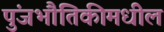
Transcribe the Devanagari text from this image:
पुंजभौतिकीमधील